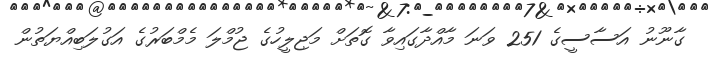
ގާނޫނު އަސާސީގެ 251 ވަނަ މާއްދާގައިވާ ގޮތަށް މަޖިލީހުގެ ޖުމްލަ މެމްބަރުގެ އަގުލަބިއްޔަތުން